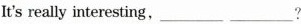
It's really interesting,_______ _______?